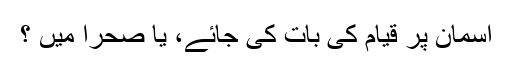
آسمان پر قیام کی بات کی جائے، یا صحرا میں ؟